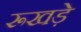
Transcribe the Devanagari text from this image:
रूखड़े